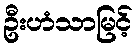
ဦးဟံသာမြင့်